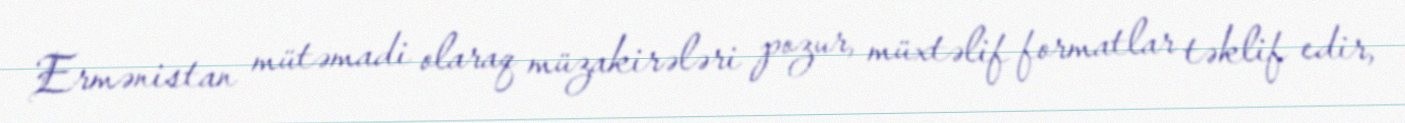
Ermənistan mütəmadi olaraq müzakirələri pozur, müxtəlif formatlar təklif edir,